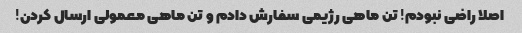
اصلا راضی نبودم! تن ماهی رژیمی سفارش دادم و تن ماهی معمولی ارسال کردن!